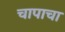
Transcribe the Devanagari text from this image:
चापाचा